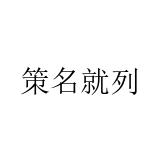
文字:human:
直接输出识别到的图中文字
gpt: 策名就列